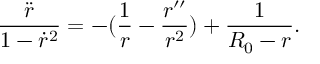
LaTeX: \frac { \ddot { r } } { 1 - \dot { r } ^ { 2 } } = - ( \frac { 1 } { r } - \frac { r ^ { \prime \prime } } { r ^ { 2 } } ) + \frac { 1 } { R _ { 0 } - r } .